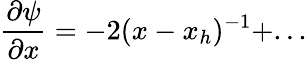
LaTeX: \frac{\partial\psi}{\partial x}=-2(x-x_{h})^{-1}+...